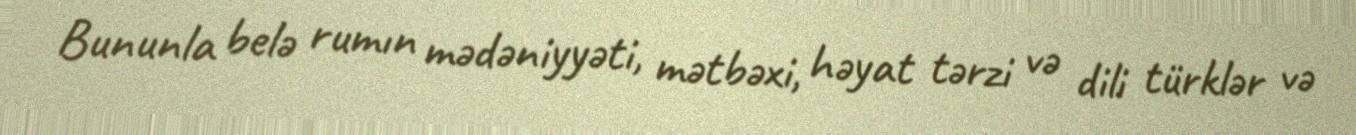
Bununla belə rumın mədəniyyəti, mətbəxi, həyat tərzi və dili türklər və